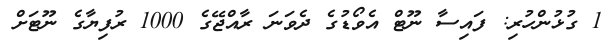
1 ގުޅުންހުރި: ފައިސާ ނޫޓް އެވޯޑުގެ ދެވަނަ ރާއްޖޭގެ 1000 ރުފިޔާގެ ނޫޓަށް